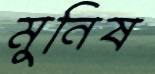
মুনিষ